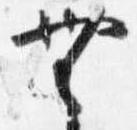
無